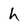
Character: h